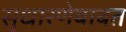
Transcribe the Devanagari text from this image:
सुधारणेबाबत